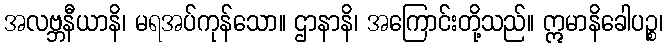
အလဗ္ဘနီယာနိ၊ မရအပ်ကုန်သော။ ဌာနာနိ၊ အကြောင်းတို့သည်။ ဣမာနိခေါပဉ္စ၊